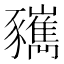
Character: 𧲑